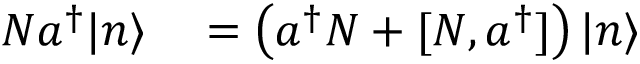
\begin{array} { r l } { N a ^ { \dagger } | n \rangle } & { { } = \left( a ^ { \dagger } N + [ N , a ^ { \dagger } ] \right) | n \rangle } \end{array}